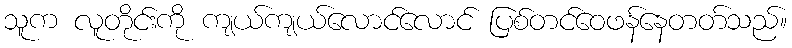
သူက လူတိုင်းကို ကျယ်ကျယ်လောင်လောင် ပြစ်တင်ဝေဖန်နေတတ်သည်။